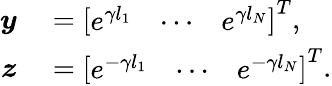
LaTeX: \begin{array}{rl}{\boldsymbol{y}}&{{}=\left[\begin{array}{lll}{e^{\gamma l_{1}}}&{\cdots}&{e^{\gamma l_{N}}}\end{array}\right]^{T},}\\ {\boldsymbol{z}}&{{}=\left[\begin{array}{lll}{e^{-\gamma l_{1}}}&{\cdots}&{e^{-\gamma l_{N}}}\end{array}\right]^{T}.}\end{array}